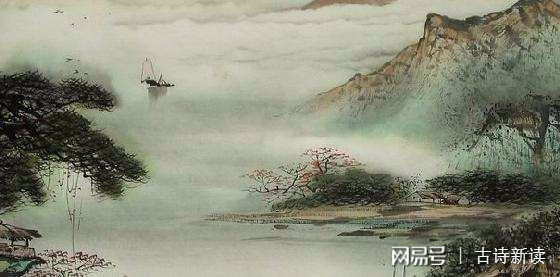
昔年多病厌芳尊，今日芳尊惟恐浅。